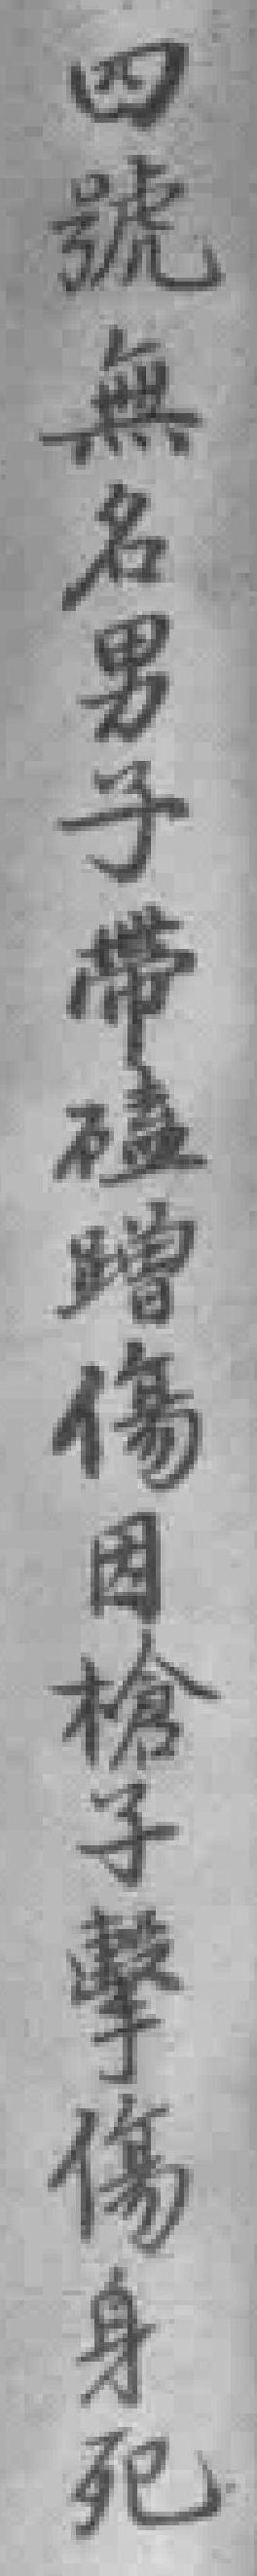
四號無名男子帶磕蹭傷因槍子擎傷身死